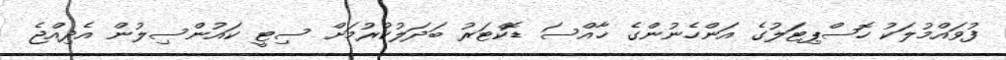
ފުވައްމުލަކު ހޮސްޕިޓަލުގެ އަންހެނުންގެ ޚާއްސަ ޑޮކްޓަރު ބަދަލުކުރުމަށް ސިޓީ ކައުންސިލުން އެދިއްޖެ